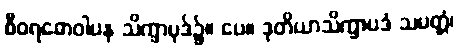
စီဝရဓောဝါပန သိက္ခာပုဒ်၌။ ပေ။ ဒုတိယာသိက္ခာပဒံ သမတ္တံ၊